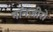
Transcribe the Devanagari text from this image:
नॉनज़ीरो